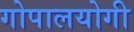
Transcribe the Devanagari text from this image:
गोपालयोगी